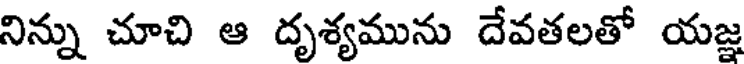
నిన్ను చూచి ఆ దృశ్యమును దేవతలతో యజ్ఞ